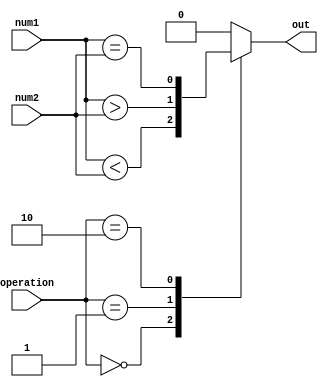
module fixed_point_comparator (
    input signed [7:0] num1, // First fixed-point number
    input signed [7:0] num2, // Second fixed-point number
    input [1:0] operation,   // Comparison operation (00: less than, 01: greater than, 10: equal to)
    output reg out           // Output indicating comparison result
);

always @(*) begin
    case(operation)
        2'b00: out = (num1 < num2);
        2'b01: out = (num1 > num2);
        2'b10: out = (num1 == num2);
        default: out = 1'b0;
    endcase
end

endmodule